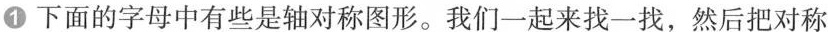
①下面的字母中有些是轴对称图形。我们一起来找一找，然后把对称